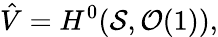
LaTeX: \hat{V}=H^{0}({\cal S},{\cal O}(1)),